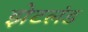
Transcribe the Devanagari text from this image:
झेटलंड